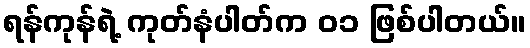
ရန်ကုန်ရဲ့ ကုတ်နံပါတ်က ၀၁ ဖြစ်ပါတယ်။